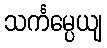
သင်္ကမ္ပေယျ